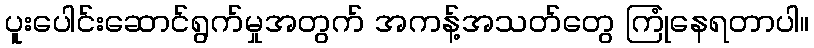
ပူးပေါင်းဆောင်ရွက်မှုအတွက် အကန့်အသတ်တွေ ကြုံနေရတာပါ။